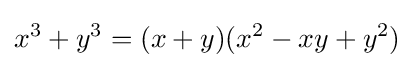
x^{3}+y^{3}=(x+y)(x^{2}-xy+y^{2})